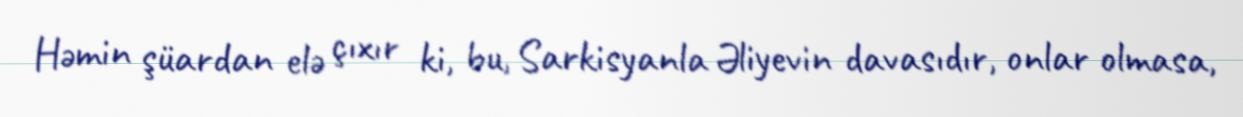
Həmin şüardan elə çıxır ki, bu, Sarkisyanla Əliyevin davasıdır, onlar olmasa,